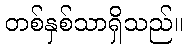
တစ်နှစ်သာရှိသည်။